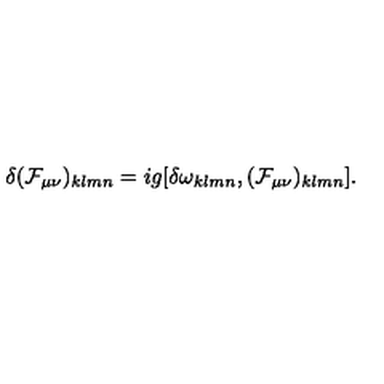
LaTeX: \delta ( { \cal F } _ { \mu \nu } ) _ { k l m n } = i g [ \delta \omega _ { k l m n } , ( { \cal F } _ { \mu \nu } ) _ { k l m n } ] .